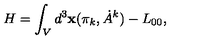
H = \int _ { V } d ^ { 3 } { \bf x } ( \pi _ { k } , \dot { A } ^ { k } ) - L _ { 0 0 } ,